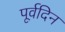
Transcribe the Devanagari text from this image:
पूर्वदिन